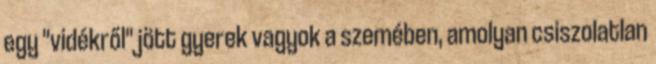
egy "vidékről" jött gyerek vagyok a szemében, amolyan csiszolatlan